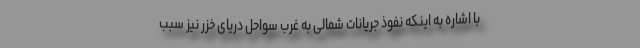
با اشاره به اینکه نفوذ جریانات شمالی به غرب سواحل دریای خزر نیز سبب